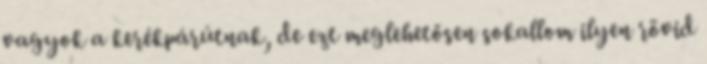
vagyok a kerékpárútnak, de ezt meglehetősen sokallom ilyen rövid